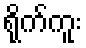
ရိုက်ကူး